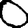
Digit: 0